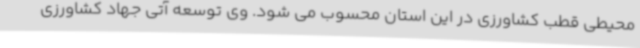
محیطی قطب کشاورزی در این استان محسوب می شود. وی توسعه آتی جهاد کشاورزی